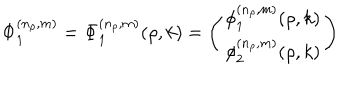
{ \bf \Phi } _ { 1 } ^ { ( n _ { \rho } , m ) } = { \bf \Phi } _ { 1 } ^ { ( n _ { \rho } , m ) } ( \rho , k ) = \left( \begin{array} { c } { { \phi _ { 1 } ^ { ( n _ { \rho } , m ) } ( \rho , k ) } } \\ { { \phi _ { 2 } ^ { ( n _ { \rho } , m ) } ( \rho , k ) } } \\ \end{array} \right)